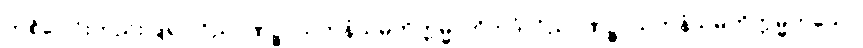
တစ်ပေါင်းတည်းပြု၍။ ဝိညာဏဉ္စာယတနံသမတိက္ကမ္မာတိဣဒံ၊ ဝိညာဏဉ္စာယတနံသမတိက္ကမ္မဟူသော